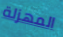
المهزلة